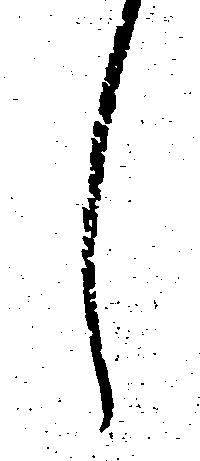
し